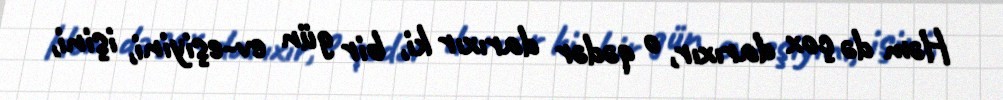
Həm də çox darıxır, o qədər darıxır ki, bir gün ev-eşiyini, işini,